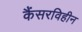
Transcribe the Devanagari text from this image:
कैंसरविहीन